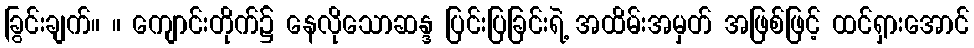
ခြွင်းချက်။ ။ ကျောင်းတိုက်၌ နေလိုသောဆန္ဒ ပြင်းပြခြင်းရဲ့ အထိမ်းအမှတ် အဖြစ်ဖြင့် ထင်ရှားအောင်